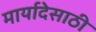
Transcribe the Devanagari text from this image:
मार्यादेसाठी